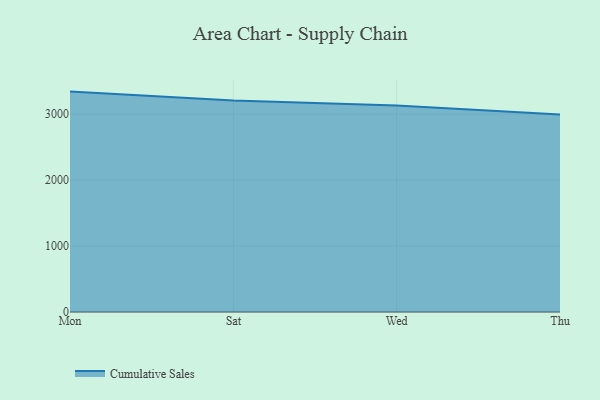
{"axis": {"x": "Day", "y": "Latency (ms)"}, "legend": ["Cumulative Sales"], "data": [{"x": "Mon", "y": 3341.0, "type": "Cumulative Sales"}, {"x": "Sat", "y": 3206.8, "type": "Cumulative Sales"}, {"x": "Wed", "y": 3129.4, "type": "Cumulative Sales"}, {"x": "Thu", "y": 2994.2, "type": "Cumulative Sales"}]}